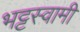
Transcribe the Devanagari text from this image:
भट्टस्वामी